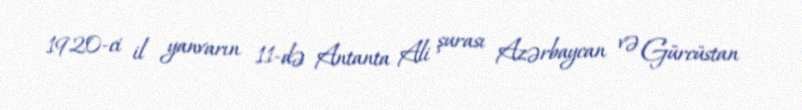
1920-ci il yanvarın 11-də Antanta Ali şurası Azərbaycan və Gürcüstan